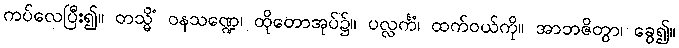
ကပ်လေပြီး၍။ တသ္မိံ ဝနသဏ္ဍေ၊ ထိုတောအုပ်၌။ ပလ္လင်္ကံ၊ ထက်ဝယ်ကို။ အာဘဇိတွာ၊ ခွေ၍။